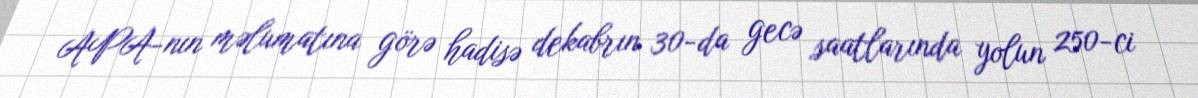
APA-nın məlumatına görə hadisə dekabrın 30-da gecə saatlarında yolun 250-ci